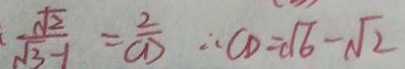
\frac { \sqrt { 2 } } { \sqrt { 3 } - 1 } = \frac { 2 } { C D } \therefore C D = \sqrt { 6 } - \sqrt { 2 }